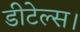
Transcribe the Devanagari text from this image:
डीटेल्स।